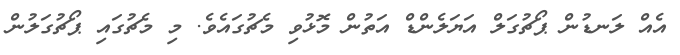
އެއް ލަނޑުން ޕޯޗުގަލް އަޔަލެންޑް އަތުން މޮޅުވި މެޗުގައެވެ. މި މެޗުގައި ޕޯޗުގަލުން